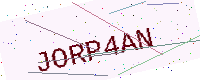
Text: JORP4AN